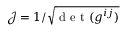
\mathcal { J } = 1 / \sqrt { \textrm { d e t } ( g ^ { i j } ) }